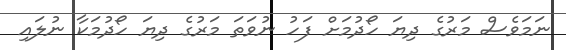
ނަމަވެސް މަރުގެ ދިޔަ ހޯދުމަށް ފަހު ނުވަތަ މަރުގެ ދިޔަ ހޯދުމަކާ ނުލައި